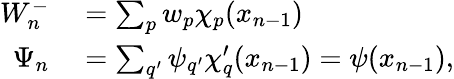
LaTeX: \begin{array}{rl}{W_{n}^{-}}&{{}=\sum_{p}w_{p}\chi_{p}(x_{n-1})}\\ {\Psi_{n}}&{{}=\sum_{q^{\prime}}\psi_{q^{\prime}}\chi{_q^{\prime}}(x_{n-1})=\psi(x_{n-1}),}\end{array}